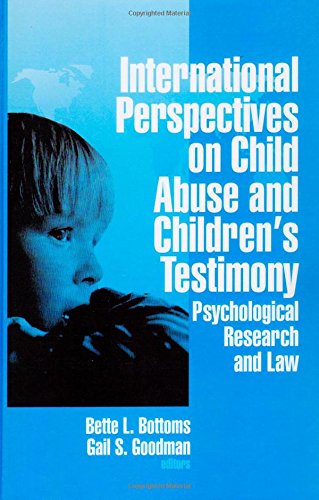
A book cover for International Perspectives on Child Abuse and Children's Testimony: Psychological Research and Law; Law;